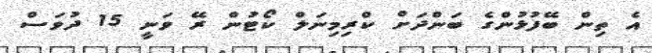
އެ ތިން ބޭފުޅުންގެ ބަންދަށް ކްރިމިނަލް ކޯޓުން ރޭ ވަނީ 15 ދުވަސް